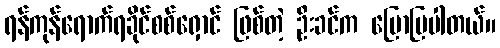
ရန်ကုန်ရောက်ရခိုင်စစ်ရှောင် ဖြစ်တဲ့ ဦးခင်က ပြောပြပါတယ်။